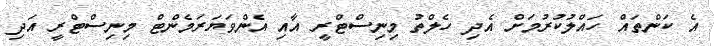
އެ ކަންތައް ހައްލުކުރުމަށް އެދި ހެލްތު މިނިސްޓްރީ އާއި އެންވަޔަރަމެންޓް މިނިސްޓްރީ އަދި